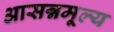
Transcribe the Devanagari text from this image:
आसन्नमूल्य